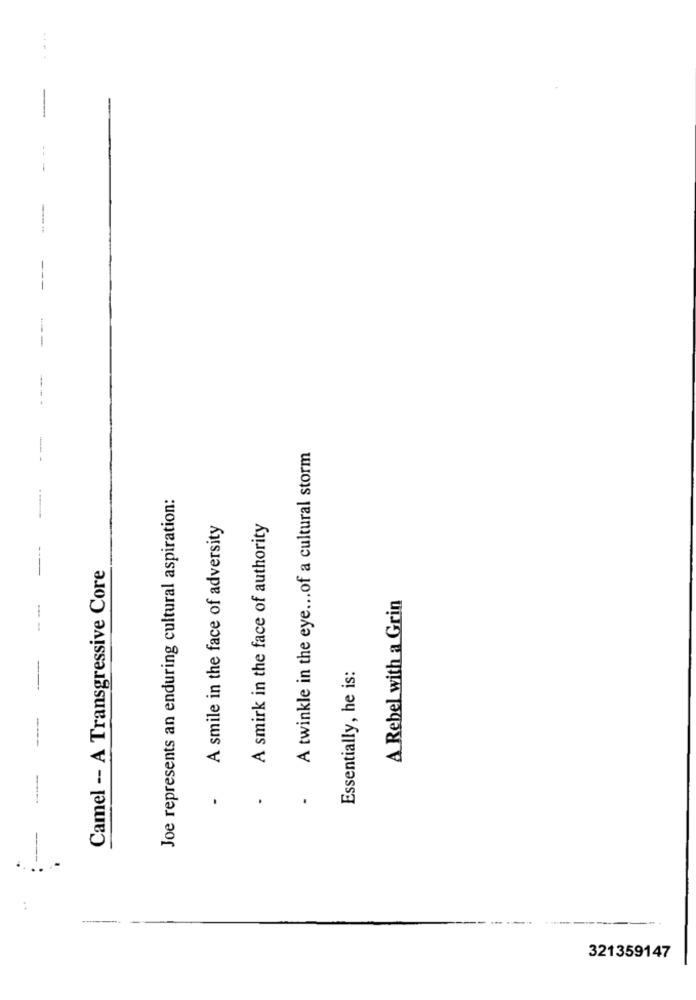
A twinkle in the eye ... of a cultural storm
Joe represents an enduring cultural aspiration:
A smile in the face of adversity
A smirk in the face of authority
Camel -- A Transgressive Core
A Rebel with a Grin
--
Essentially, he is:
321359147